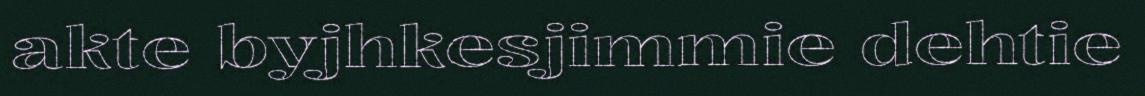
akte byjhkesjimmie dehtie